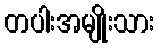
တပါးအမျိုးသား